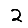
Digit: 2